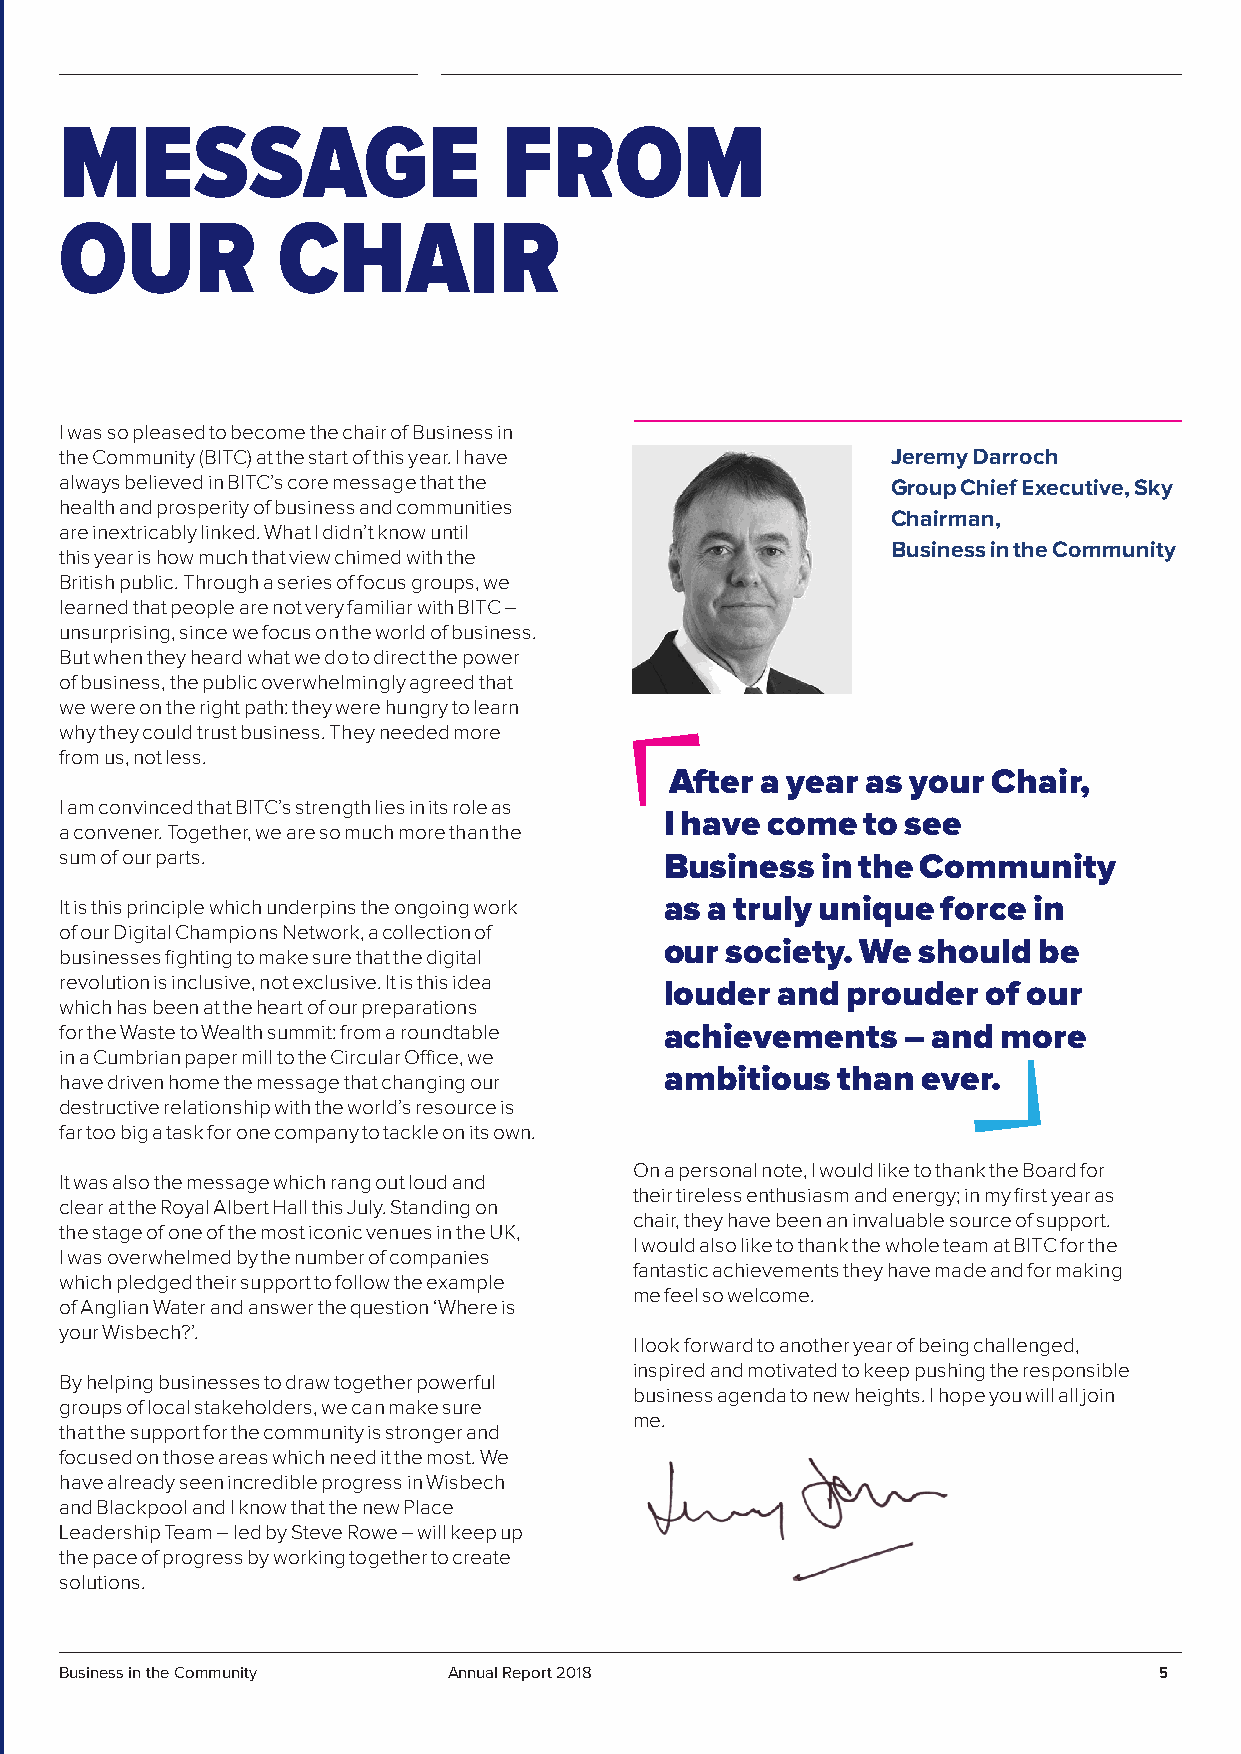
MESSAGE                      FROM
 OUR           CHAIR
 I was so pleased to become the chair of Business in
 the Community (BITC) at the start of this year. I have Jeremy Darroch
 always believed in BITC’s core message that the        Group Chief Executive, Sky
 health and prosperity of business and communities
 Chairman,
 are inextricably linked. What I didn’t know until
 Business in the Community
 this year is how much that view chimed with the
 British public. Through a series of focus groups, we
 learned that people are not very familiar with BITC –
 unsurprising, since we focus on the world of business.
 But when they heard what we do to direct the power
 of business, the public overwhelmingly agreed that
 we were on the right path: they were hungry to learn
 why they could trust business. They needed more
 from us, not less.
 After a year as your  Chair,
 I am convinced that BITC’s strength lies in its role as
 I have come  to see
 a convener. Together, we are so much more than the
 sum of our parts.                       Business  in the Community
 It is this principle which underpins the ongoing work as a truly unique force in
 of our Digital Champions Network, a collection of
 our society. We  should  be
 businesses fighting to make sure that the digital
 revolution is inclusive, not exclusive. It is this idea
 louder and  prouder  of our
 which has been at the heart of our preparations
 for the Waste to Wealth summit: from a roundtable achievements – and more
 in a Cumbrian paper mill to the Circular Office, we
 ambitious  than  ever.
 have driven home the message that changing our
 destructive relationship with the world’s resource is
 far too big a task for one company to tackle on its own.
 On a personal note, I would like to thank the Board for
 It was also the message which rang out loud and
 their tireless enthusiasm and energy; in my first year as
 clear at the Royal Albert Hall this July. Standing on
 chair, they have been an invaluable source of support.
 the stage of one of the most iconic venues in the UK,
 I would also like to thank the whole team at BITC for the
 I was overwhelmed by the number of companies
 fantastic achievements they have made and for making
 which pledged their support to follow the example
 me feel so welcome.
 of Anglian Water and answer the question ‘Where is
 your Wisbech?’.
 I look forward to another year of being challenged,
 inspired and motivated to keep pushing the responsible
 By helping businesses to draw together powerful
 business agenda to new heights. I hope you will all join
 groups of local stakeholders, we can make sure
 me.
 that the support for the community is stronger and
 focused on those areas which need it the most. We
 have already seen incredible progress in Wisbech
 and Blackpool and I know that the new Place
 Leadership Team – led by Steve Rowe – will keep up
 the pace of progress by working together to create
 solutions.
 Business in the Community Annual Report 2018                             5